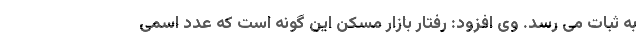
به ثبات می رسد. وی افزود: رفتار بازار مسکن این گونه است که عدد اسمی